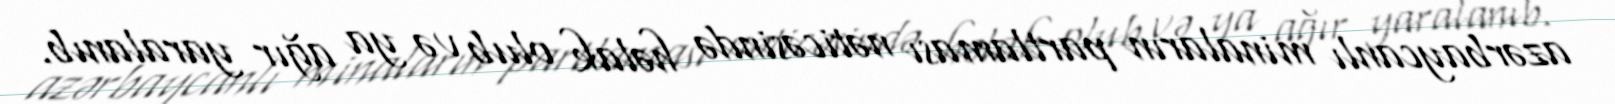
azərbaycanlı minaların partlaması nəticəsində həlak olub və ya ağır yaralanıb.